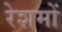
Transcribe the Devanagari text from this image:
रेशमों